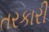
તરકારી